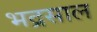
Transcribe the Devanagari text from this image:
भद्रसाल